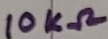
Text: 10KΩ